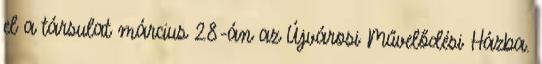
el a társulat március 28-án az Újvárosi Művelődési Házba.